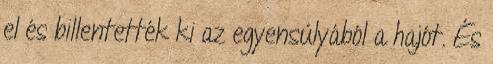
el és billentették ki az egyensúlyából a hajót. És